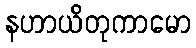
နဟာယိတုကာမော